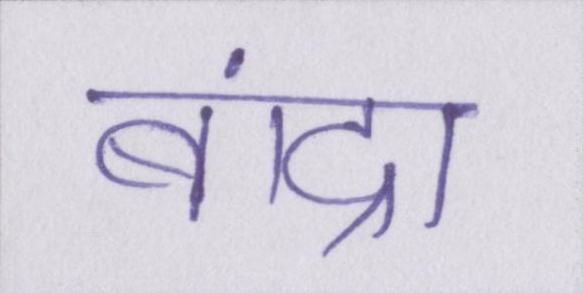
बांद्रा